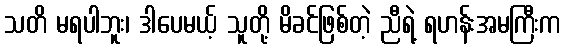
သတိ မရပါဘူး၊ ဒါပေမယ့် သူတို့ မိခင်ဖြစ်တဲ့ ညီရဲ့ ရဟန်းအမကြီးက